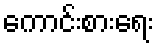
ကောင်းစားရေး